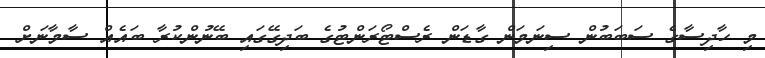
މި ހާދިސާގެ ސަބަބުން ސިނަމަން ގާޑަން ރެސްޓޯރަންޓުގެ ބަދިގޭގައި ބޭނުންކުރާ ބައެއް ސާމާނަށް